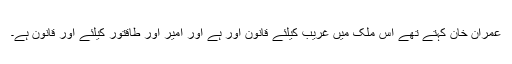
عمران خان کہتے تھے اس ملک میں غریب کیلئے قانون اور ہے اور امیر اور طاقتور کیلئے اور قانون ہے۔